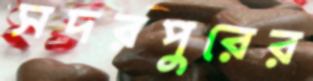
সদরপুরের